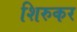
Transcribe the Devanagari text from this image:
शिरुकर